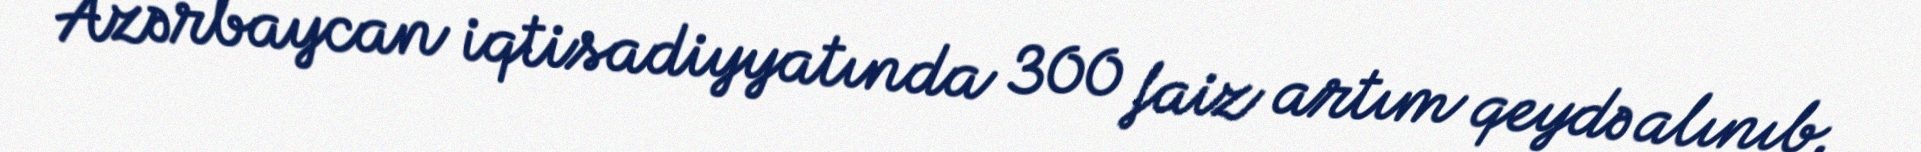
Azərbaycan iqtisadiyyatında 300 faiz artım qeydə alınıb.